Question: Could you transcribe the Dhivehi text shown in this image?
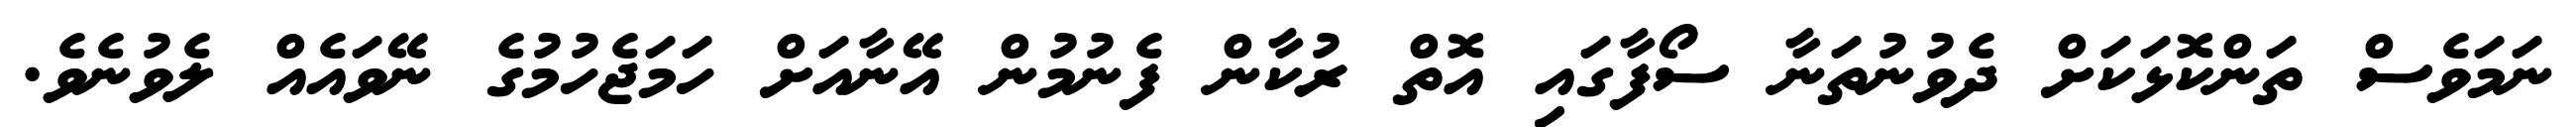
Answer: ނަމަވެސް ތަންކޮޅަކަށް ދެވުނުތަނާ ސޯފާގައި އޮތް ރުކާން ފެނުމުން އޭނާއަށް ހަމަޖެހުމުގެ ނޭވައެއް ލެވުނެވެ.